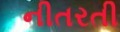
નીતરતી